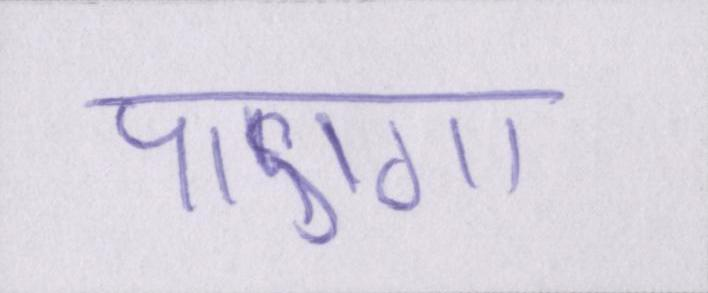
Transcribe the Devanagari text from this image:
पाएगा